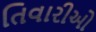
તિવારીઓ